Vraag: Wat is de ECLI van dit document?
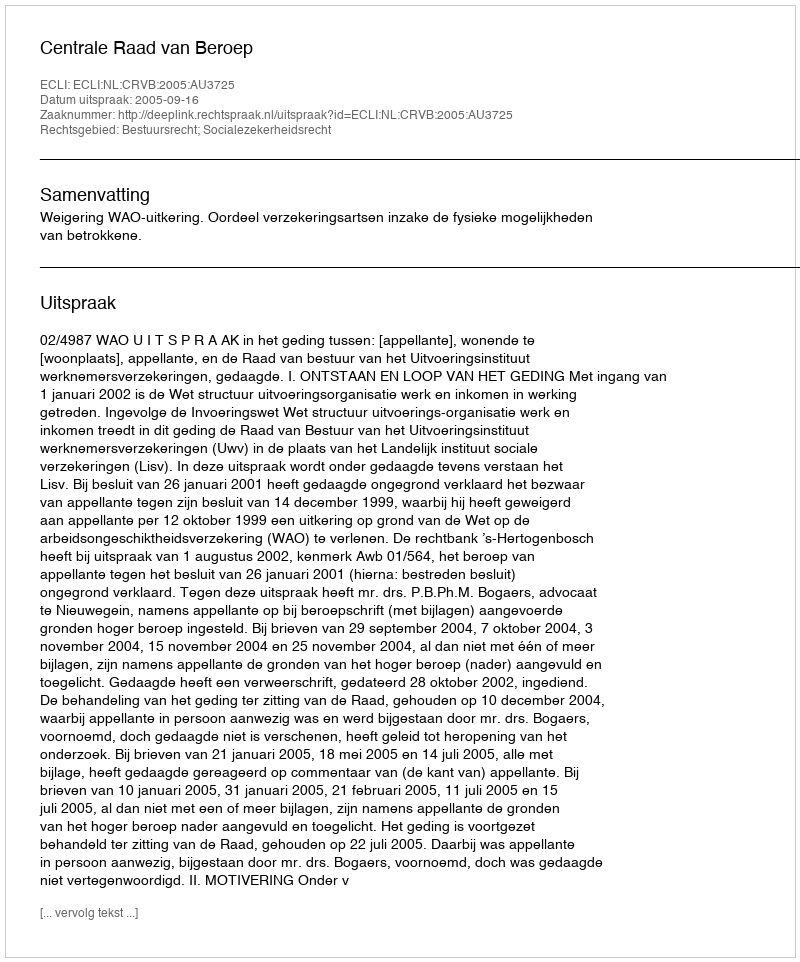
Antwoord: ECLI:NL:CRVB:2005:AU3725